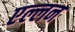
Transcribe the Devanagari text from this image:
एल्लन